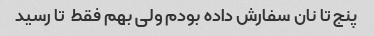
پنج تا نان سفارش داده بودم ولی بهم فقط  تا رسید